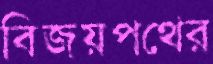
বিজয়পথের